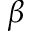
\beta